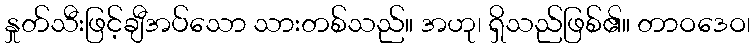
နှုတ်သီးဖြင့်ချီအပ်သော သားတစ်သည်။ အဟု၊ ရှိသည်ဖြစ်၏။ တာဝဒေဝ၊